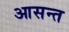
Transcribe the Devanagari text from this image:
आसन्त